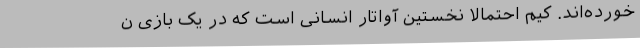
خورده‌اند. کیم احتمالاً نخستین آواتار انسانی است که در یک بازیِ ن